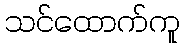
သင်ထောက်ကူ